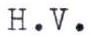
H.V.